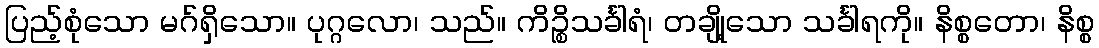
ပြည့်စုံသော မဂ်ရှိသော။ ပုဂ္ဂလော၊ သည်။ ကိဉ္စိသင်္ခါရံ၊ တချို့သော သင်္ခါရကို။ နိစ္စတော၊ နိစ္စ